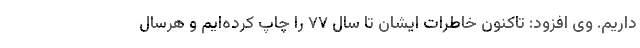
داریم. وی افزود: تاکنون خاطرات ایشان تا سال ۷۷ را چاپ کرده‌ایم و هرسال